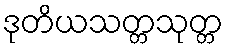
ဒုတိယသတ္တသုတ္တ